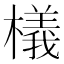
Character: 檥